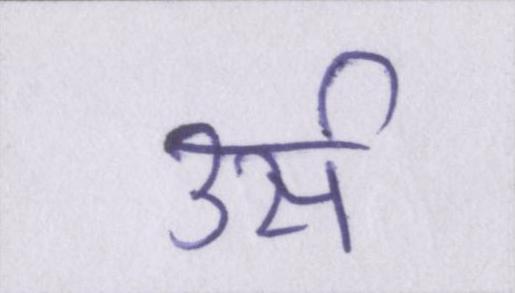
उर्स